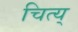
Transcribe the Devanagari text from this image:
चित्य्